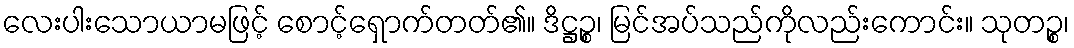
လေးပါးသောယာမဖြင့် စောင့်ရှောက်တတ်၏။ ဒိဋ္ဌဉ္စ၊ မြင်အပ်သည်ကိုလည်းကောင်း။ သုတဉ္စ၊